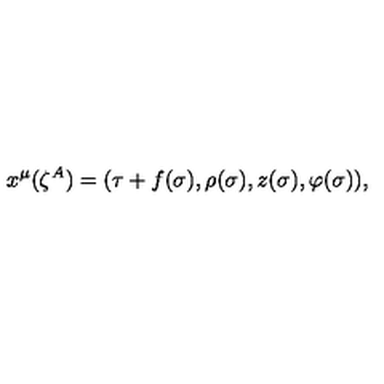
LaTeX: x ^ { \mu } ( \zeta ^ { A } ) = ( \tau + f ( \sigma ) , \rho ( \sigma ) , z ( \sigma ) , \varphi ( \sigma ) ) ,